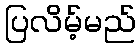
ပြလိမ့်မည်